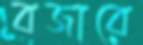
বজারে